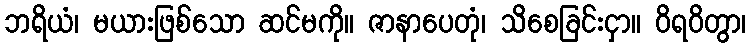
ဘရိယံ၊ မယားဖြစ်သော ဆင်မကို။ ဇာနာပေတုံ၊ သိစေခြင်းငှာ။ ဝိရဝိတွာ၊